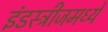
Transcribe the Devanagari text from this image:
इंडस्ट्रीजमध्ये